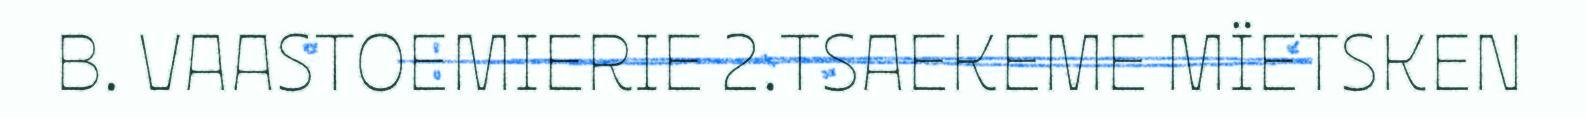
B. VAASTOEMIERIE 2.TSAEKEME MÏETSKEN